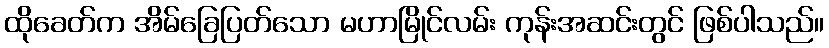
ထိုခေတ်က အိမ်ခြေပြတ်သော မဟာမြိုင်လမ်း ကုန်းအဆင်းတွင် ဖြစ်ပါသည်။